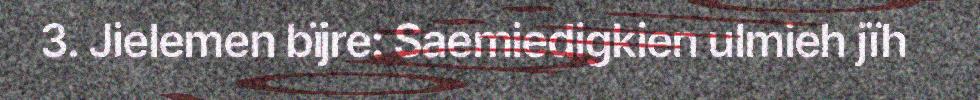
3. Jielemen bïjre: Saemiedigkien ulmieh jïh